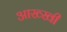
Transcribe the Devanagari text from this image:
आख्खी